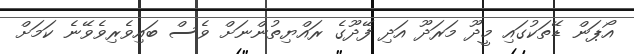
އޯޕަން ޑޭތަކުގައި މީދޫ މަރަދޫ އަދި ފޭދޫގެ ރައްޔިތުންނަށް ވެސް ބައިވެރިވެވޭނެ ކަމަށް